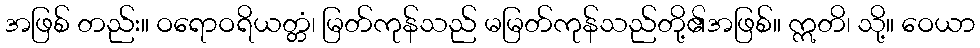
အဖြစ် တည်း။ ဝရောဝရိယတ္တံ၊ မြတ်ကုန်သည် မမြတ်ကုန်သည်တို့၏အဖြစ်။ ဣတိ၊ သို့။ ဝေယာ